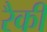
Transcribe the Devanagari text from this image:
रैकी